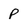
Character: P